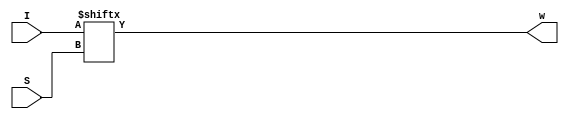
`timescale 1ns/1ns
module Mux4to1(input [3:0]I, input [1:0]S, output w);
	assign #(23,25) w = I[S];
endmodule